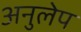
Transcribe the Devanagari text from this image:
अनुलेप